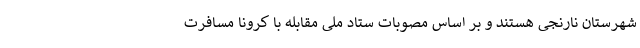
شهرستان نارنجی هستند و بر اساس مصوبات ستاد ملی مقابله با کرونا مسافرت